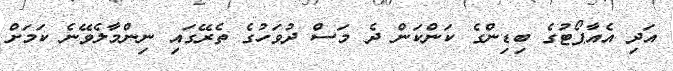
އަދި އެއާޕޯޓުގެ ބިޑިންގެ ކަންކަން ދެ މަސް ދުވަހުގެ ތެރޭގައި ނިންމާލެވޭނެ ކަމަށް